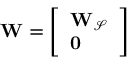
\mathbf { W } = \left[ \begin{array} { l } { \mathbf { W _ { \mathcal { S } } } } \\ { \mathbf { 0 } } \end{array} \right]